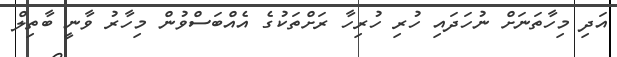
އަދި މިހާތަނަށް ނުހަދައި ހުރި ހުރިހާ ރަށްތަކުގެ އެއްްބަސްވުން މިހާރު ވާނީ ބާތިލް